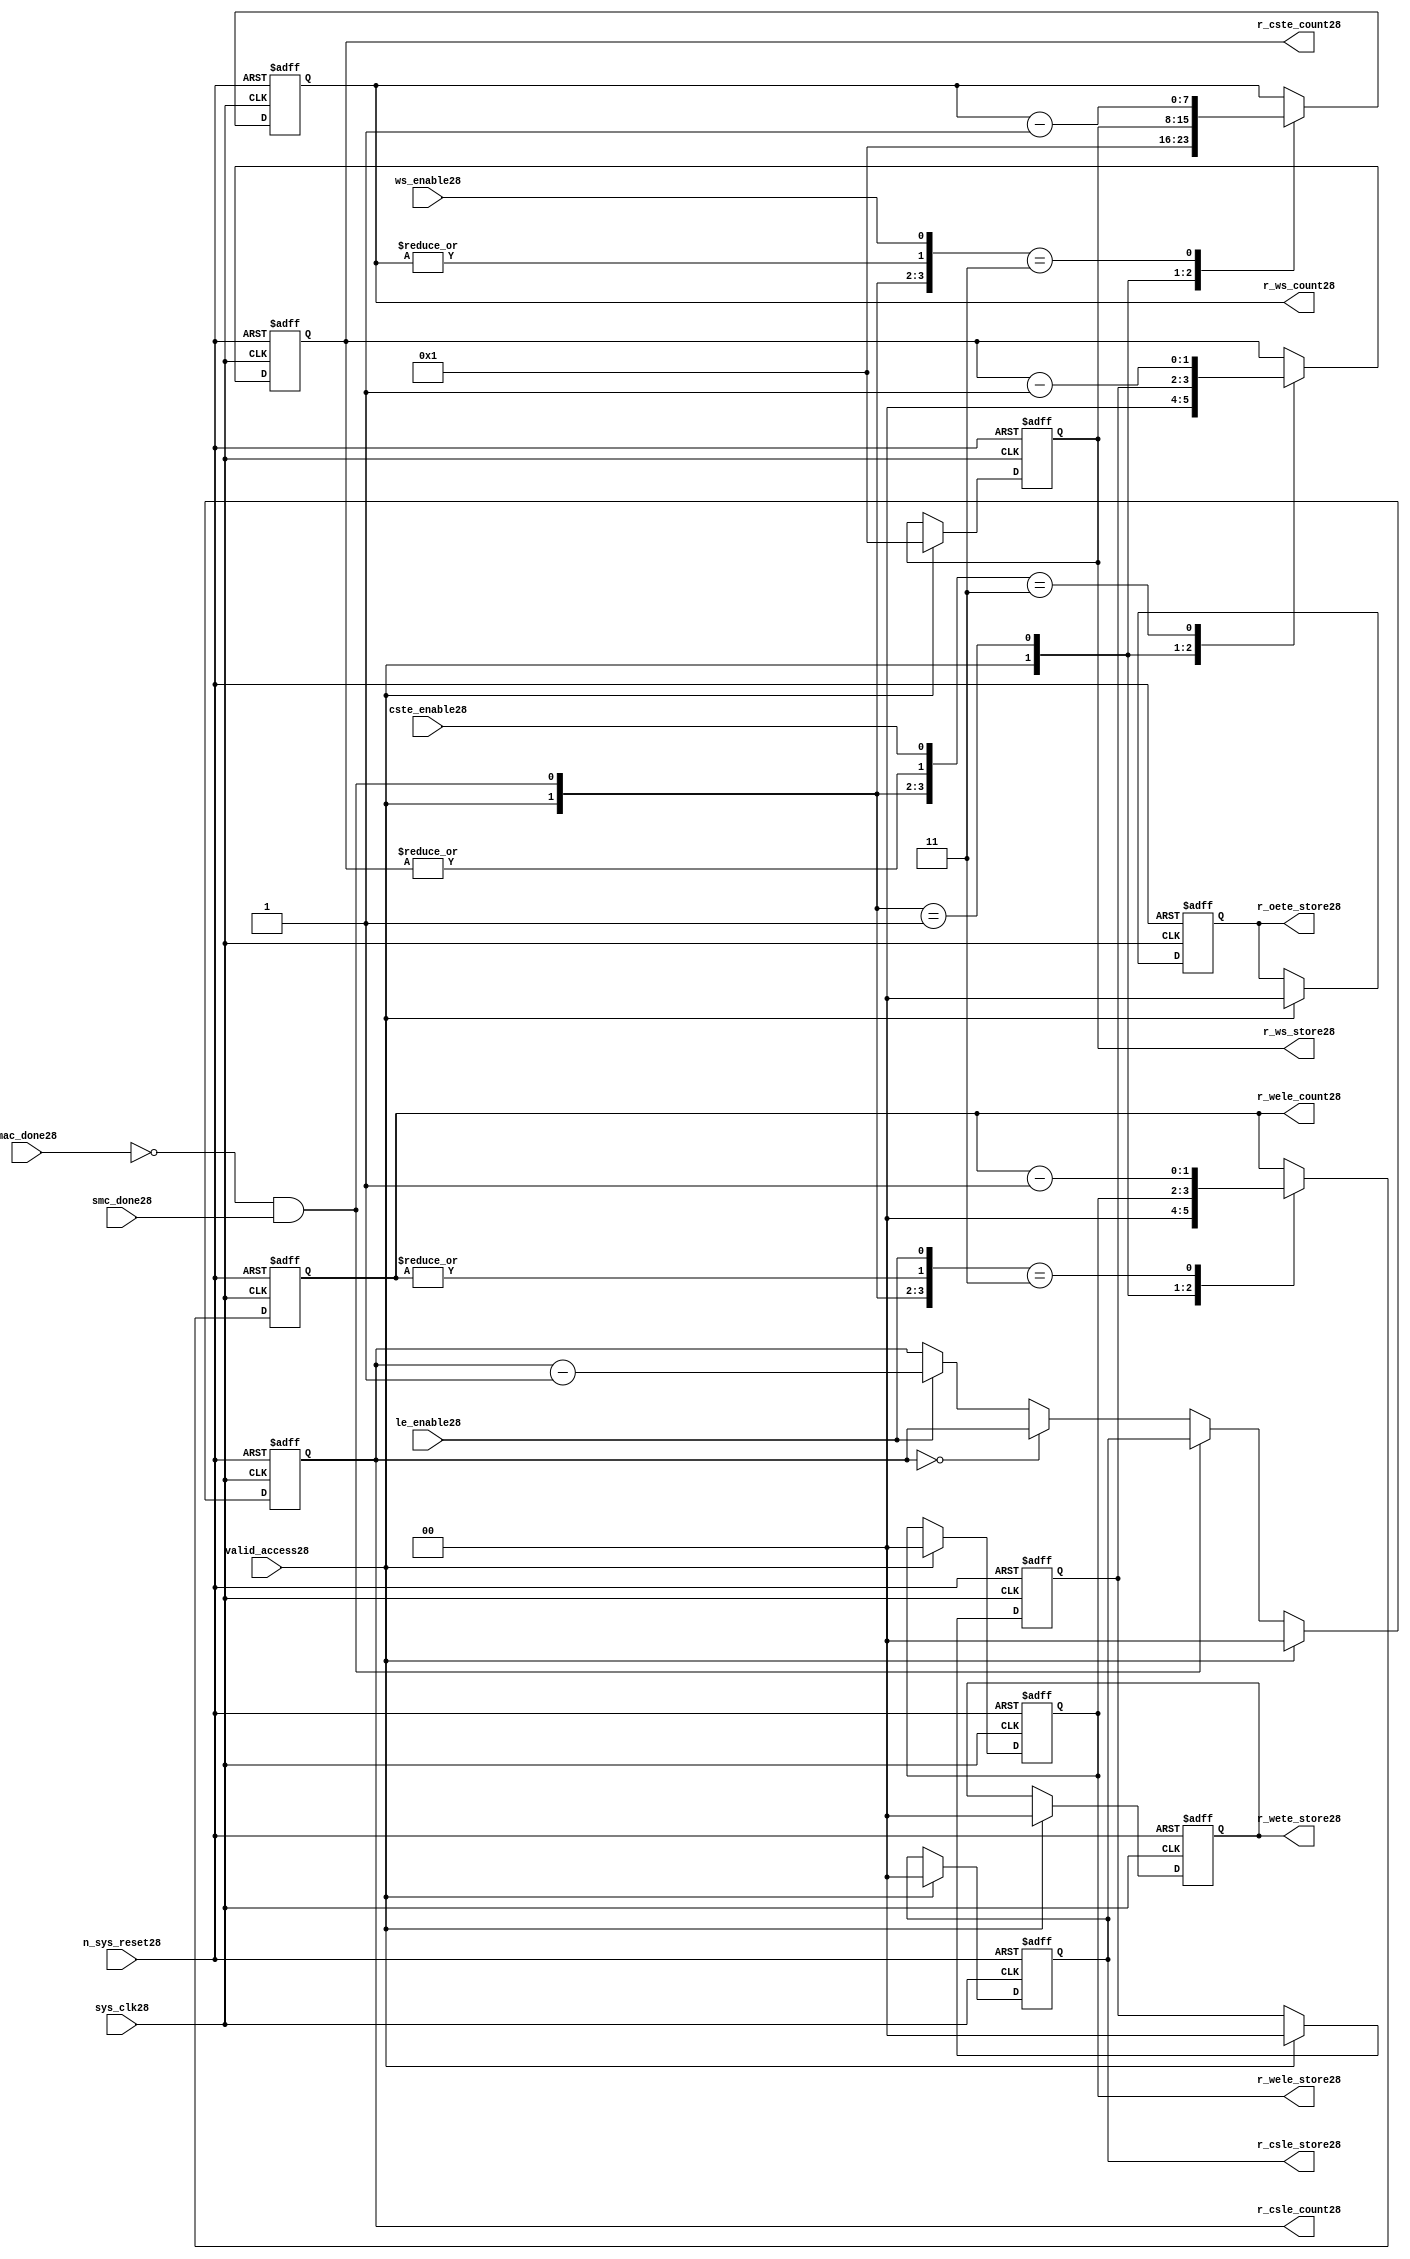
//File28 name   : smc_counter_lite28.v
//Title28       : 
//Created28     : 1999
//Description28 : Counter28 block.
//            : Static28 Memory Controller28.
//            : The counter block provides28 generates28 all cycle timings28
//            : The leading28 edge counts28 are individual28 2bit, loadable28,
//            : counters28. The wait state counter is a count down
//            : counter with a maximum size of 5 bits. The trailing28
//            : edge counts28 are registered for comparison28 with the
//            : wait state counter. The bus float28 (CSTE28) is a
//            : separate28 2bit counter. The initial count values are
//            : stored28 and reloaded28 into the counters28 if multiple
//            : accesses are required28.
//Notes28       : 
//----------------------------------------------------------------------
//   Copyright28 1999-2010 Cadence28 Design28 Systems28, Inc28.
//   All Rights28 Reserved28 Worldwide28
//
//   Licensed28 under the Apache28 License28, Version28 2.0 (the
//   "License28"); you may not use this file except28 in
//   compliance28 with the License28.  You may obtain28 a copy of
//   the License28 at
//
//       http28://www28.apache28.org28/licenses28/LICENSE28-2.0
//
//   Unless28 required28 by applicable28 law28 or agreed28 to in
//   writing, software28 distributed28 under the License28 is
//   distributed28 on an "AS28 IS28" BASIS28, WITHOUT28 WARRANTIES28 OR28
//   CONDITIONS28 OF28 ANY28 KIND28, either28 express28 or implied28.  See
//   the License28 for the specific28 language28 governing28
//   permissions28 and limitations28 under the License28.
//----------------------------------------------------------------------


module smc_counter_lite28  (
                     //inputs28

                     sys_clk28,
                     n_sys_reset28,
                     valid_access28,
                     mac_done28, 
                     smc_done28, 
                     cste_enable28, 
                     ws_enable28,
                     le_enable28, 

                     //outputs28

                     r_csle_count28,
                     r_wele_count28,
                     r_ws_count28,
                     r_ws_store28,
                     r_oete_store28,
                     r_wete_store28,
                     r_wele_store28,
                     r_cste_count28,
                     r_csle_store28);
   

//----------------------------------------------------------------------
// the Wait28 State28 Counter28
//----------------------------------------------------------------------
   
   
   // I28/O28
   
   input     sys_clk28;                  // AHB28 System28 clock28
   input     n_sys_reset28;              // AHB28 System28 reset (Active28 LOW28)
   
   input     valid_access28;             // load28 values are valid if high28
   input     mac_done28;                 // All cycles28 in a multiple access

   //  completed
   
   input                 smc_done28;   // one access completed
   input                 cste_enable28;// Enable28 CS28 Trailing28 Edge28 counter
   input                 ws_enable28;  // Enable28 Wait28 State28 counter
   input                 le_enable28;  // Enable28 all Leading28 Edge28 counters28
   
   // Counter28 outputs28
   
   output [1:0]             r_csle_count28;  //chip28 select28 leading28
                                             //  edge count
   output [1:0]             r_wele_count28;  //write strobe28 leading28 
                                             // edge count
   output [7:0] r_ws_count28;    //wait state count
   output [1:0]             r_cste_count28;  //chip28 select28 trailing28 
                                             // edge count
   
   // Stored28 counts28 for MAC28
   
   output [1:0]             r_oete_store28;  //read strobe28
   output [1:0]             r_wete_store28;  //write strobe28 trailing28 
                                              // edge store28
   output [7:0] r_ws_store28;    //wait state store28
   output [1:0]             r_wele_store28;  //write strobe28 leading28
                                             //  edge store28
   output [1:0]             r_csle_store28;  //chip28 select28  leading28
                                             //  edge store28
   
   
   // Counters28
   
   reg [1:0]             r_csle_count28;  // Chip28 select28 LE28 counter
   reg [1:0]             r_wele_count28;  // Write counter
   reg [7:0] r_ws_count28;    // Wait28 state select28 counter
   reg [1:0]             r_cste_count28;  // Chip28 select28 TE28 counter
   
   
   // These28 strobes28 finish early28 so no counter is required28. 
   // The stored28 value is compared with WS28 counter to determine28 
   // when the strobe28 should end.

   reg [1:0]    r_wete_store28;    // Write strobe28 TE28 end time before CS28
   reg [1:0]    r_oete_store28;    // Read strobe28 TE28 end time before CS28
   
   
   // The following28 four28 regisrers28 are used to store28 the configuration
   // during mulitple28 accesses. The counters28 are reloaded28 from these28
   // registers before each cycle.
   
   reg [1:0]             r_csle_store28;    // Chip28 select28 LE28 store28
   reg [1:0]             r_wele_store28;    // Write strobe28 LE28 store28
   reg [7:0] r_ws_store28;      // Wait28 state store28
   reg [1:0]             r_cste_store28;    // Chip28 Select28 TE28 delay
                                          //  (Bus28 float28 time)

   // wires28 used for meeting28 coding28 standards28
   
   wire         ws_count28;      //ORed28 r_ws_count28
   wire         wele_count28;    //ORed28 r_wele_count28
   wire         cste_count28;    //ORed28 r_cste_count28
   wire         mac_smc_done28;  //ANDed28 smc_done28 and not(mac_done28)
   wire [4:0]   case_cste28;     //concatenated28 signals28 for case statement28
   wire [4:0]   case_wele28;     //concatenated28 signals28 for case statement28
   wire [4:0]   case_ws28;       //concatenated28 signals28 for case statement28
   
   
   
   // Main28 Code28
   
//----------------------------------------------------------------------
// Counters28 (& Count28 Store28 for MAC28)
//----------------------------------------------------------------------


//----------------------------------------------------------------------
// WETE28 Store28
//----------------------------------------------------------------------

always @(posedge sys_clk28 or negedge n_sys_reset28)

begin   

   if (~(n_sys_reset28))
     
      r_wete_store28 <= 2'b00;
   
   
   else if (valid_access28)
     
      r_wete_store28 <= 2'b0;
   
   else
     
      r_wete_store28 <= r_wete_store28;

end
   
//----------------------------------------------------------------------
// OETE28 Store28
//----------------------------------------------------------------------

always @(posedge sys_clk28 or negedge n_sys_reset28)

begin   

   if (~(n_sys_reset28))
     
      r_oete_store28 <= 2'b00;
   
   
   else if (valid_access28)
     
      r_oete_store28 <= 2'b0;
   
   else

      r_oete_store28 <= r_oete_store28;

end
   
//----------------------------------------------------------------------
// CSLE28 Store28
//----------------------------------------------------------------------

always @(posedge sys_clk28 or negedge n_sys_reset28)

begin   

   if (~(n_sys_reset28))
     
      r_csle_store28 <= 2'b00;
   
   
   else if (valid_access28)
     
      r_csle_store28 <= 2'b00;
   
   else
     
      r_csle_store28 <= r_csle_store28;

end
   
//----------------------------------------------------------------------
// CSLE28 Counter28
//----------------------------------------------------------------------

always @(posedge sys_clk28 or negedge n_sys_reset28)

begin   

   if (~(n_sys_reset28))
     
      r_csle_count28 <= 2'b00;
   
   
   else
   begin
        
      if (valid_access28)
        
         r_csle_count28 <= 2'b00;
      
      else if (~(mac_done28) & smc_done28)
        
         r_csle_count28 <= r_csle_store28;
      
      else if (r_csle_count28 == 2'b00)
        
         r_csle_count28 <= r_csle_count28;
      
      else if (le_enable28)               
        
         r_csle_count28 <= r_csle_count28 - 2'd1;
      
      else
        
          r_csle_count28 <= r_csle_count28;
      
     end

end
   
   
//----------------------------------------------------------------------
// CSTE28 Store28
//----------------------------------------------------------------------

always @(posedge sys_clk28 or negedge n_sys_reset28)

begin   

   if (~(n_sys_reset28))

      r_cste_store28 <= 2'b00;

   else if (valid_access28)

      r_cste_store28 <= 2'b0;

   else

      r_cste_store28 <= r_cste_store28;

end
   
   
   
//----------------------------------------------------------------------
//concatenation28 of signals28 to avoid using nested28 ifs28
//----------------------------------------------------------------------

 assign mac_smc_done28 = (~(mac_done28) & smc_done28);
 assign cste_count28   = (|r_cste_count28);           //checks28 for count = 0
 assign case_cste28   = {1'b0,valid_access28,mac_smc_done28,cste_count28,
                       cste_enable28};
   
//----------------------------------------------------------------------
//CSTE28 COUNTER28
//----------------------------------------------------------------------

always @(posedge sys_clk28 or negedge n_sys_reset28)

begin   

   if (~(n_sys_reset28))

      r_cste_count28 <= 2'b00;

   else 
   begin
      casex(case_cste28)
           
        5'b1xxxx:        r_cste_count28 <= r_cste_count28;

        5'b01xxx:        r_cste_count28 <= 2'b0;

        5'b001xx:        r_cste_count28 <= r_cste_store28;

        5'b0000x:        r_cste_count28 <= r_cste_count28;

        5'b00011:        r_cste_count28 <= r_cste_count28 - 2'd1;

        default :        r_cste_count28 <= r_cste_count28;

      endcase // casex(w_cste_case28)
      
   end
   
end

//----------------------------------------------------------------------
// WELE28 Store28
//----------------------------------------------------------------------

always @(posedge sys_clk28 or negedge n_sys_reset28)

begin   

   if (~(n_sys_reset28))

      r_wele_store28 <= 2'b00;


   else if (valid_access28)

      r_wele_store28 <= 2'b00;

   else

      r_wele_store28 <= r_wele_store28;

end
   
   
   
//----------------------------------------------------------------------
//concatenation28 of signals28 to avoid using nested28 ifs28
//----------------------------------------------------------------------
   
   assign wele_count28   = (|r_wele_count28);         //checks28 for count = 0
   assign case_wele28   = {1'b0,valid_access28,mac_smc_done28,wele_count28,
                         le_enable28};
   
//----------------------------------------------------------------------
// WELE28 Counter28
//----------------------------------------------------------------------

always @(posedge sys_clk28 or negedge n_sys_reset28)

begin   
   if (~(n_sys_reset28))

      r_wele_count28 <= 2'b00;

   else
   begin

      casex(case_wele28)

        5'b1xxxx :  r_wele_count28 <= r_wele_count28;

        5'b01xxx :  r_wele_count28 <= 2'b00;

        5'b001xx :  r_wele_count28 <= r_wele_store28;

        5'b0000x :  r_wele_count28 <= r_wele_count28;

        5'b00011 :  r_wele_count28 <= r_wele_count28 - (2'd1);

        default  :  r_wele_count28 <= r_wele_count28;

      endcase // casex(case_wele28)

   end

end
   
//----------------------------------------------------------------------
// WS28 Store28
//----------------------------------------------------------------------

always @(posedge sys_clk28 or negedge n_sys_reset28)
  
begin   

   if (~(n_sys_reset28))

      r_ws_store28 <= 8'd0;


   else if (valid_access28)

      r_ws_store28 <= 8'h01;

   else

      r_ws_store28 <= r_ws_store28;

end
   
   
   
//----------------------------------------------------------------------
//concatenation28 of signals28 to avoid using nested28 ifs28
//----------------------------------------------------------------------
   
   assign ws_count28   = (|r_ws_count28); //checks28 for count = 0
   assign case_ws28   = {1'b0,valid_access28,mac_smc_done28,ws_count28,
                       ws_enable28};
   
//----------------------------------------------------------------------
// WS28 Counter28
//----------------------------------------------------------------------

always @(posedge sys_clk28 or negedge n_sys_reset28)

begin   

   if (~(n_sys_reset28))

      r_ws_count28 <= 8'd0;

   else  
   begin
   
      casex(case_ws28)
 
         5'b1xxxx :  
            r_ws_count28 <= r_ws_count28;
        
         5'b01xxx :
            r_ws_count28 <= 8'h01;
        
         5'b001xx :  
            r_ws_count28 <= r_ws_store28;
        
         5'b0000x :  
            r_ws_count28 <= r_ws_count28;
        
         5'b00011 :  
            r_ws_count28 <= r_ws_count28 - 8'd1;
        
         default  :  
            r_ws_count28 <= r_ws_count28;

      endcase // casex(case_ws28)
      
   end
   
end  
   
   
endmodule